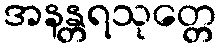
အနန္တရသုတ္တေ